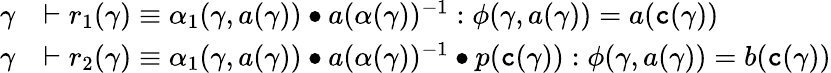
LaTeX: \begin{array}{rl}{\gamma}&{\vdash r_{1}(\gamma)\equiv\alpha_{1}(\gamma,a(\gamma))\bullet a(\alpha(\gamma))^{-1}:\phi(\gamma,a(\gamma))=a(\textnormal{\texttt{c}}(\gamma))}\\ {\gamma}&{\vdash r_{2}(\gamma)\equiv\alpha_{1}(\gamma,a(\gamma))\bullet a(\alpha(\gamma))^{-1}\bullet p(\textnormal{\texttt{c}}(\gamma)):\phi(\gamma,a(\gamma))=b(\textnormal{\texttt{c}}(\gamma))}\end{array}